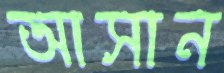
আসান